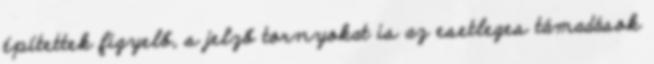
építettek figyelő, s jelző tornyokat is az esetleges támadások